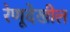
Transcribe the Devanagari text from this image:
रेणूदेखील